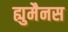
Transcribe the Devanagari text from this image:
ह्युमैनस